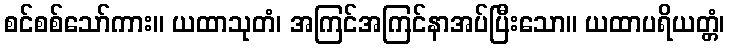
စင်စစ်သော်ကား။ ယထာသုတံ၊ အကြင်အကြင်နာအပ်ပြီးသော။ ယထာပရိယတ္တံ၊